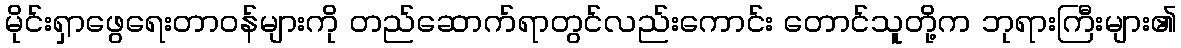
မိုင်းရှာဖွေရေးတာဝန်များကို တည်ဆောက်ရာတွင်လည်းကောင်း တောင်သူတို့က ဘုရားကြီးများ၏